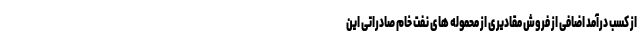
از کسب درآمد اضافی از فروش مقادیری از محموله های نفت خام صادراتی این